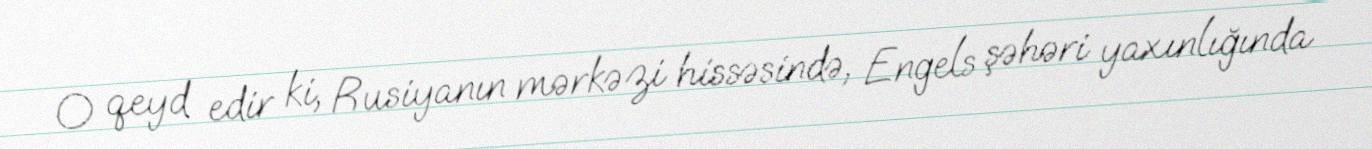
O qeyd edir ki, Rusiyanın mərkəzi hissəsində, Engels şəhəri yaxınlığında